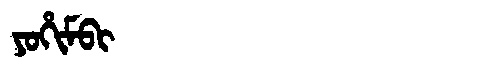
Manchu: ᠶᠣᡥᡳᠮᠪᡳ
Romanization: YOHIMBI